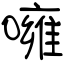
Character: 噰